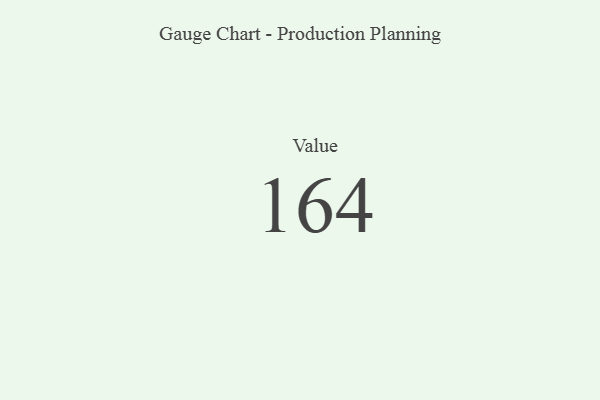
{"axis": {"x": "Metric", "y": "Value"}, "legend": [""], "data": [{"x": "Value", "y": 164, "type": ""}]}